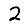
Digit: 2